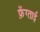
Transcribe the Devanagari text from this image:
फ़ेंग्ताई